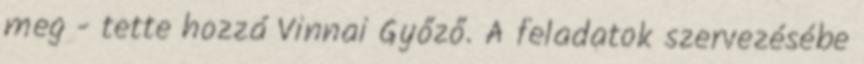
meg - tette hozzá Vinnai Győző. A feladatok szervezésébe